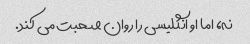
نه، اما او انگلیسی را روان صحبت می کند.